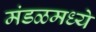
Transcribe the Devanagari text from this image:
मंडळमध्ये